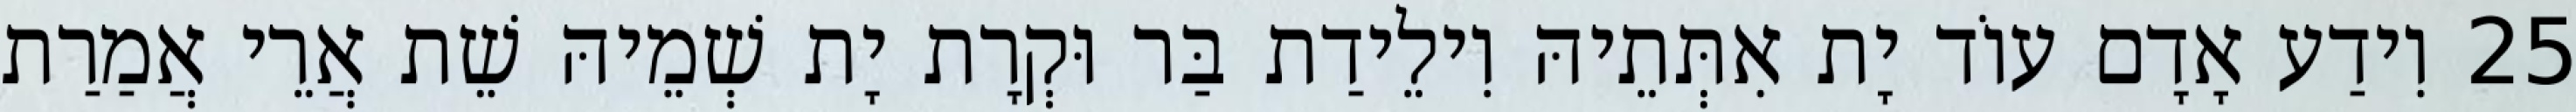
25 וִידַע אָדָם עוֹד יָת אִתְּתֵיהּ וִילֵידַת בַּר וּקְרָת יָת שְׁמֵיהּ שֵׁת אֲרֵי אֲמַרַת